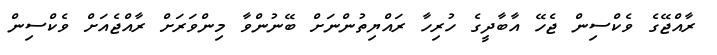
ރާއްޖޭގެ ވެކްސިން ޖެހޭ އާބާދީގެ ހުރިހާ ރައްޔިތުންނަށް ބޭނުންވާ މިންވަރަށް ރާއްޖެއަށް ވެކްސިން